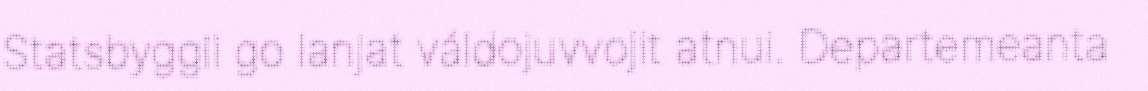
Statsbyggii go lanjat váldojuvvojit atnui. Departemeanta